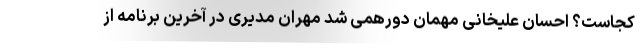
کجاست؟ احسان علیخانی مهمان دورهمی شد مهران مدیری در آخرین برنامه از